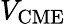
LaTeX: V_{\mathrm{CME}}